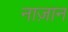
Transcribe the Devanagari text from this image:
नाज़ान